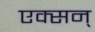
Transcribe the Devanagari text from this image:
एक्सन्